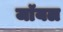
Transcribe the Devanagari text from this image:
जाॅयल